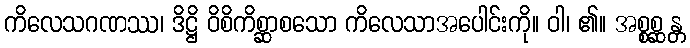
ကိလေသဂဏဿ၊ ဒိဋ္ဌိ ဝိစိကိစ္ဆာစသော ကိလေသာအပေါင်းကို။ ဝါ၊ ၏။ အစ္စစ္ဆန္တ